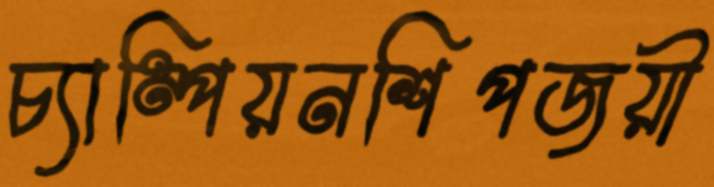
চ্যাম্পিয়নশিপজয়ী